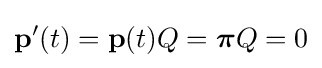
{\mathbf {p} '(t)=\mathbf {p} (t)Q={\boldsymbol {\pi }}}Q=0